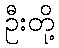
ဦးတို့